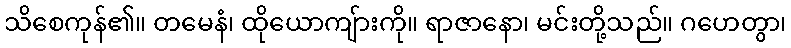
သိစေကုန်၏။ တမေနံ၊ ထိုယောကျ်ားကို။ ရာဇာနော၊ မင်းတို့သည်။ ဂဟေတွာ၊